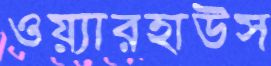
ওয়্যারহাউস